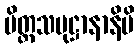
ပိတ္တသမုဋ္ဌာနာနိပိ